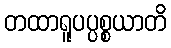
တထာရူပပ္ပစ္စယာတိ